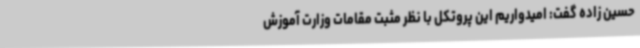
حسین زاده گفت: امیدواریم این پروتکل با نظر مثبت مقامات وزارت آموزش